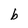
Character: b